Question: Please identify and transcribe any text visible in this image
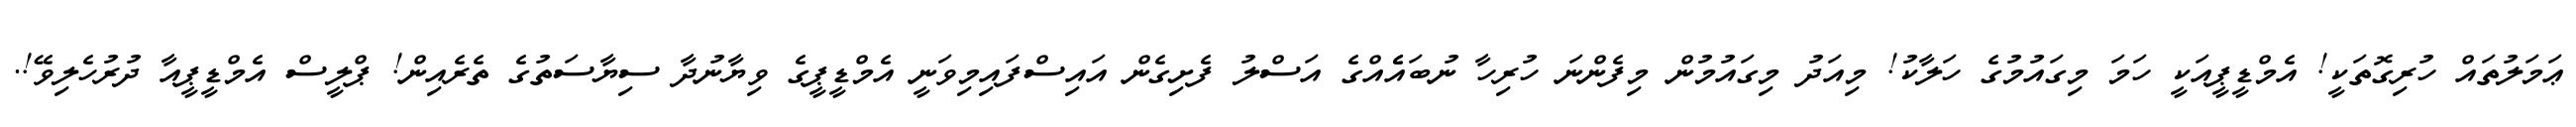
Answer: ޢަމަލުތައް ހުރިގޮތަކީ! އެމްޑީޕީއަކީ ހަމަ މިގައުމުގެ ހަލާކު! މިއަދު މިގައުމުން މިފެންނަ ހުރިހާ ނުބައެެއްގެ އަސްލު ފެށިގެން އައިސްފައިމިވަނީ އެމްޑީޕީގެ ވިޔާނުދާ ސިޔާސަތުގެ ތެރެއިން! ޕްލީސް އެމްޑީޕީއާ ދުރުހެލިވޭ!.